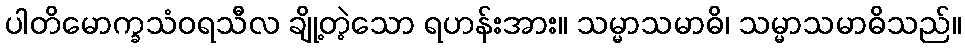
ပါတိမောက္ခသံဝရသီလ ချို့တဲ့သော ရဟန်းအား။ သမ္မာသမာဓိ၊ သမ္မာသမာဓိသည်။